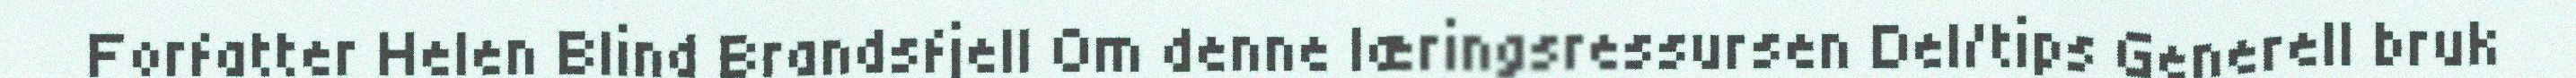
Forfatter Helen Blind Brandsfjell Om denne læringsressursen Del/tips Generell bruk